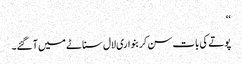
‘‘
پوتے کی بات سن کر بنواری لال سناٹے میں آگئے۔